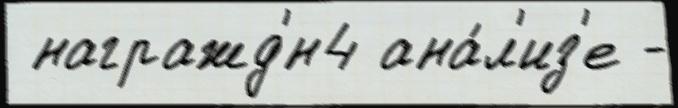
 награжд'́н4 ана́л'из'е -